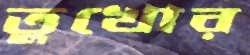
তুখোর